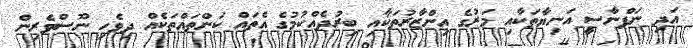
އަދި ނަފްނާސީ އަނިޔާތަކާއި މަރުގެ އިންޒާރުތަކާއި ބިރުދެއްކުމުގެ އެތައް ކަންތައްތަކެއް ދިވެހި ނޫސްވެރިން